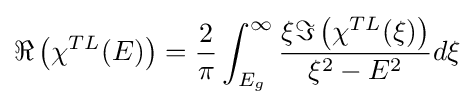
\Re \left(\chi ^{TL}(E)\right)={\frac {2}{\pi }}\int _{E_{g}}^{\infty }{\frac {\xi \Im \left(\chi ^{TL}(\xi )\right)}{\xi ^{2}-E^{2}}}d\xi